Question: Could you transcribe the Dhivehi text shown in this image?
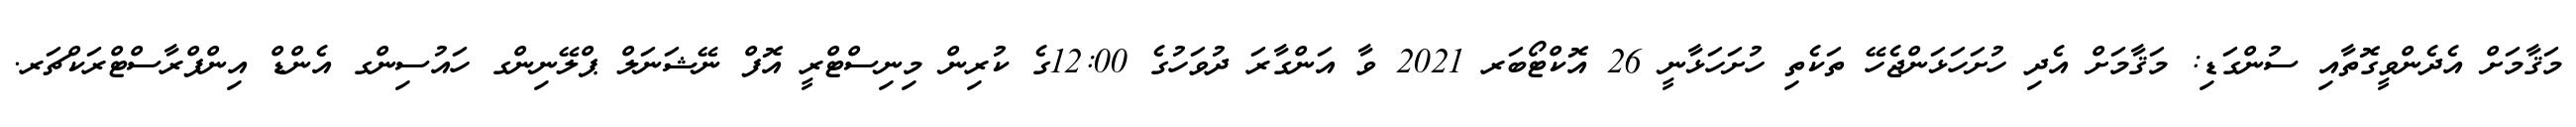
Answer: މަޤާމަށް އެދެންވީގޮތާއި ސުންގަޑި: މަޤާމަށް އެދި ހުށަހަޅަންޖެހޭ ތަކެތި ހުށަހަޅާނީ 26 އޮކްޓޯބަރ 2021 ވާ އަންގާރަ ދުވަހުގެ 12:00ގެ ކުރިން މިނިސްޓްރީ އޮފް ނޭޝަނަލް ޕްލޭނިންގ ހައުސިންގ އެންޑް އިންފްރާސްޓްރަކްޗަރ.